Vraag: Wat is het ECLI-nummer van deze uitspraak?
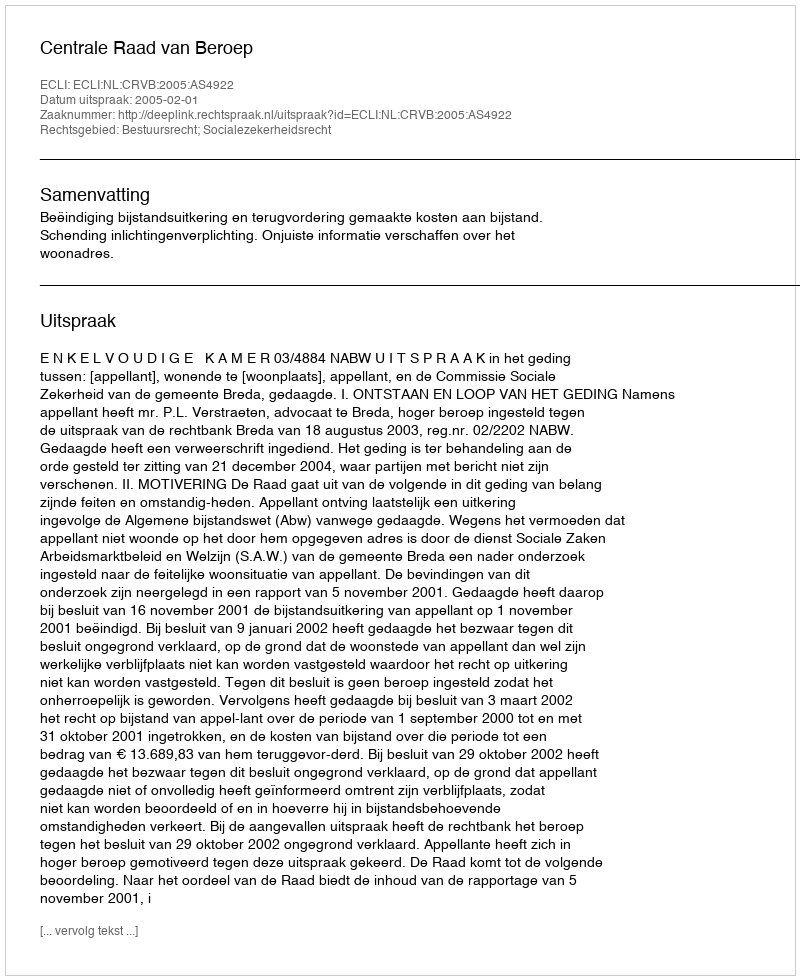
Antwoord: ECLI:NL:CRVB:2005:AS4922